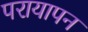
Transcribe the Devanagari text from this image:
परायापन